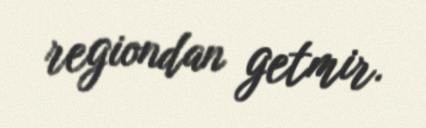
regiondan getmir.